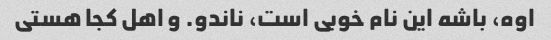
اوه، باشه این نام خوبی است، ناندو. و اهل کجا هستی